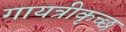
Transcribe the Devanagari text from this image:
गायत्रीकृच्छ